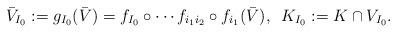
LaTeX: \begin{align*} \bar V_{I_0} := g_{I_0}(\bar V)=f_{I_0}\circ \cdots f_{i_1i_2}\circ f_{i_1}(\bar V),\,\,\, K_{I_0}:=K\cap V_{I_0}.\end{align*}